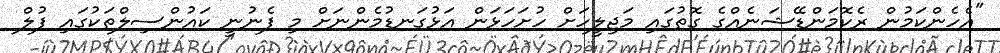
"އެހެންކަމުން ރެކޮމަންޑޭޝަނެއްގެ ގޮތުގައި މަޖިލީހަށް ހުށަހަޅަން އަޅުގަނޑުމެންނަށް މި ފެނުނީ ކައުންސިލްތަކުގައި ފުލް